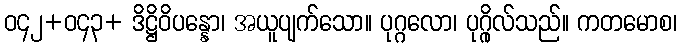
ဝ၄၂+ဝ၄၃+ ဒိဋ္ဌိဝိပန္နော၊ အယူပျက်သော။ ပုဂ္ဂလော၊ ပုဂ္ဂိုလ်သည်။ ကတမောစ၊